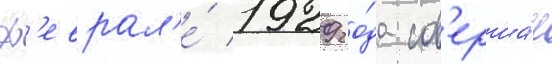
ф'еврал'е́ 1929 го́да сов'ерша́л